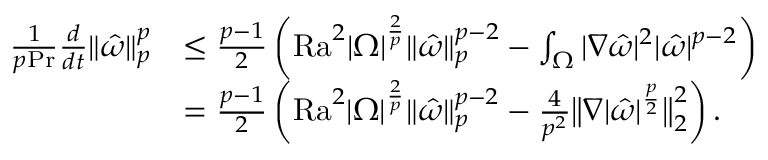
\begin{array} { r l } { \frac { 1 } { p \mathrm { P r } } \frac { d } { d t } \| \hat { \omega } \| _ { p } ^ { p } } & { \leq \frac { p - 1 } { 2 } \left( \mathrm { { R a } } ^ { 2 } | \Omega | ^ { \frac { 2 } { p } } \| \hat { \omega } \| _ { p } ^ { p - 2 } - \int _ { \Omega } | \nabla \hat { \omega } | ^ { 2 } | \hat { \omega } | ^ { p - 2 } \right) } \\ & { = \frac { p - 1 } { 2 } \left( \mathrm { { R a } } ^ { 2 } | \Omega | ^ { \frac { 2 } { p } } \| \hat { \omega } \| _ { p } ^ { p - 2 } - \frac { 4 } { p ^ { 2 } } \big \| \nabla | \hat { \omega } | ^ { \frac { p } { 2 } } \big \| _ { 2 } ^ { 2 } \right) . } \end{array}